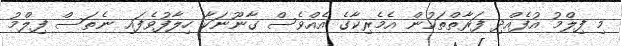
މި ފިލްމު އުފެއްދި ފަރާތްތަކުން އެމެރިކާގެ އެއްވެސް ގާނޫނަކާ ހިލާފުވެފައި ނެތަސް ފިލްމު